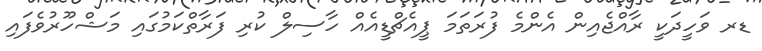
ޑރ ވަހީދަކީ ރާއްޖެއިން އެންމެ ފުރަތަމަ ޕީއެޗްޑީއެއް ހާސިލް ކުރި ފަރާތްކަމުގައި މަޝްހޫރުވެފައި